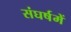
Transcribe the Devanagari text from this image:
संघर्षमें